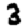
Digit: 3